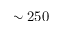
\sim 2 5 0